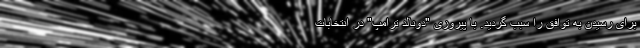
برای رسیدن به توافق را سبب گردید. با پیروزی "دونالد ترامپ" در انتخابات